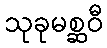
သုခုမစ္ဆဝီ